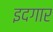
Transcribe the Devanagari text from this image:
इदगार